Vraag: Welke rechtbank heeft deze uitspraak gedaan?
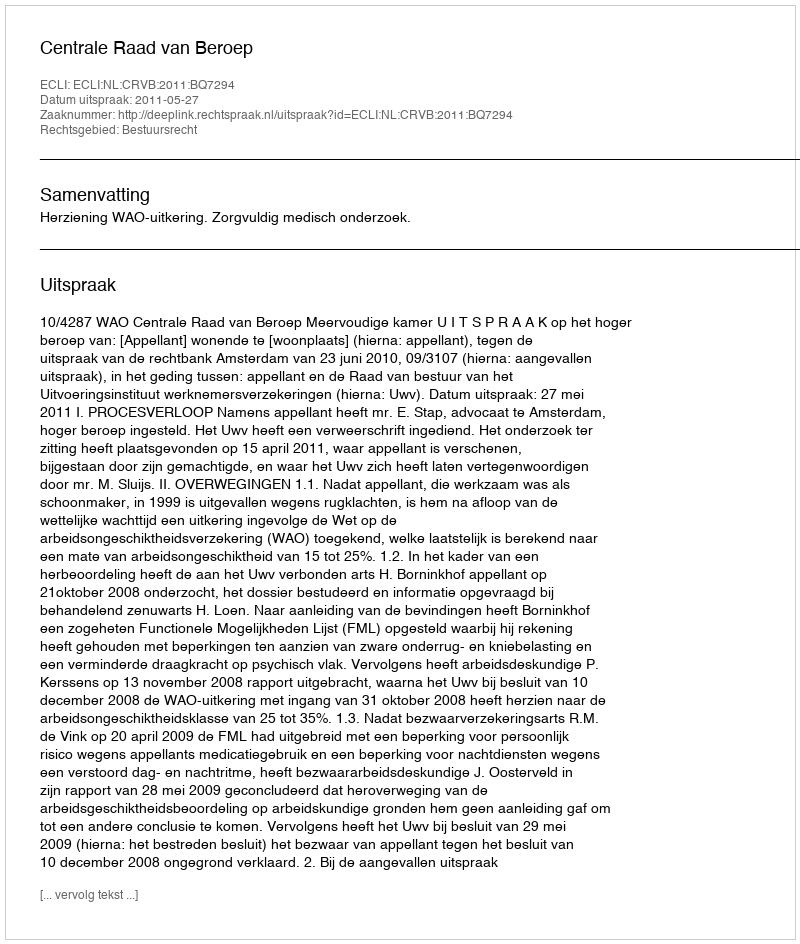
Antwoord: Centrale Raad van Beroep